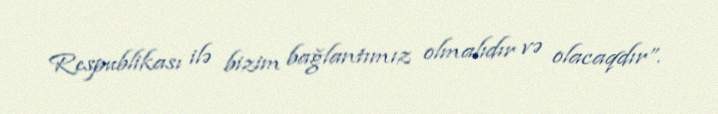
Respublikası ilə bizim bağlantımız olmalıdır və olacaqdır”.